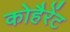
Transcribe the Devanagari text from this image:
कोहैरेंट